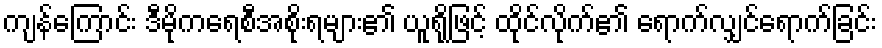
ကျန်ကြောင်း ဒီမိုကရေစီအစိုးရများ၏ ယူရိုဖြင့် ထိုင်လိုက်၏ ရောက်လျှင်ရောက်ခြင်း